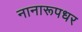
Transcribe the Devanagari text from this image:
नानारूपधर